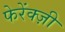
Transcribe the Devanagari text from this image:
फेरेंक्ज़ी